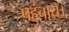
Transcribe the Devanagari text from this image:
पहुंचाये।